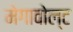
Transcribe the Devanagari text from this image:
मेगावोल्ट